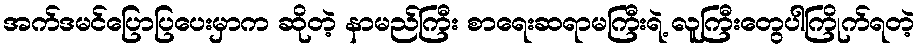
အက်ဒမင်ပြောပြပေးမှာက ဆိုတဲ့ နာမည်ကြီး စာရေးဆရာမကြီးရဲ့ လူကြီးတွေပါကြိုက်ရတဲ့